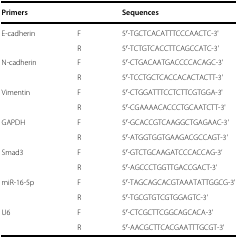
<table><thead><tr><td><b>Primers</b></td><td></td><td><b>Sequences</b></td></tr></thead><tbody><tr><td rowspan="2">E-cadherin</td><td>F</td><td>5′-TGCTCACATTTCCCAACTC-3&#x27;</td></tr><tr><td>R</td><td>5′-TCTGTCACCTTCAGCCATC-3&#x27;</td></tr><tr><td rowspan="2">N-cadherin</td><td>F</td><td>5′-CTGACAATGACCCCACAGC-3&#x27;</td></tr><tr><td>R</td><td>5′-TCCTGCTCACCACACTACTT-3&#x27;</td></tr><tr><td rowspan="2">Vimentin</td><td>F</td><td>5′-CTGGATTTCCTCTTCGTGGA-3&#x27;</td></tr><tr><td>R</td><td>5′-CGAAAACACCCTGCAATCTT-3&#x27;</td></tr><tr><td rowspan="2">GAPDH</td><td>F</td><td>5′-GCACCGTCAAGGCTGAGAAC-3&#x27;</td></tr><tr><td>R</td><td>5′-ATGGTGGTGAAGACGCCAGT-3&#x27;</td></tr><tr><td rowspan="2">Smad3</td><td>F</td><td>5′-GTCTGCAAGATCCCACCAG-3’</td></tr><tr><td>R</td><td>5′-AGCCCTGGTTGACCGACT-3’</td></tr><tr><td rowspan="2">miR-16-5p</td><td>F</td><td>5′-TAGCAGCACGTAAATATTGGCG-3&#x27;</td></tr><tr><td>R</td><td>5′-TGCGTGTCGTGGAGTC-3’</td></tr><tr><td rowspan="2">U6</td><td>F</td><td>5′-CTCGCTTCGGCAGCACA-3&#x27;</td></tr><tr><td>R</td><td>5′-AACGCTTCACGAATTTGCGT-3&#x27;</td></tr></tbody></table>